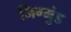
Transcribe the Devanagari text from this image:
जिग्मुंड